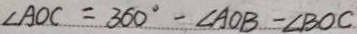
\angle A O C = 3 6 0 ^ { \circ } - \angle A O B - \angle B O C